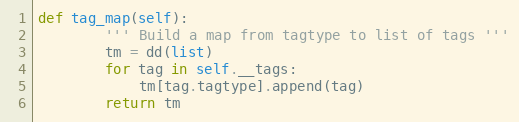
Language: Python
def tag_map(self):
        ''' Build a map from tagtype to list of tags '''
        tm = dd(list)
        for tag in self.__tags:
            tm[tag.tagtype].append(tag)
        return tm